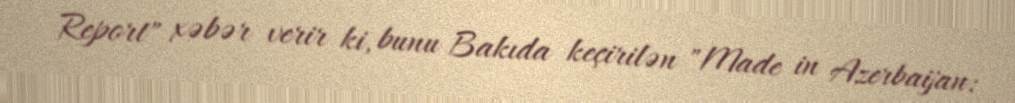
Report" xəbər verir ki, bunu Bakıda keçirilən "Made in Azerbaijan: